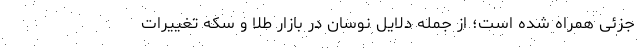
جزئی همراه شده است؛ از جمله دلایل نوسان در بازار طلا و سکه تغییرات